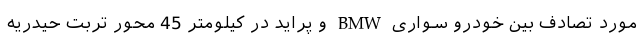
مورد تصادف بین خودرو سواری BMW و پراید در کیلومتر 45 محور تربت حیدریه